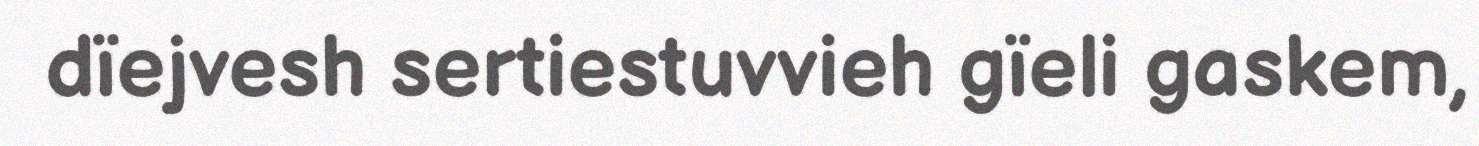
dïejvesh sertiestuvvieh gïeli gaskem,